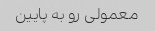
معمولى رو به پایین